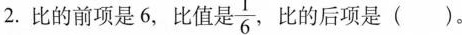
2.比的前项是6，比值是 \frac{1}{6} ，比的后项是()。